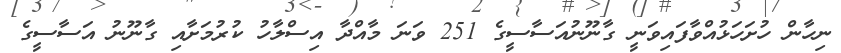
ނިހާން ހުށަހަޅުއްވާފައިވަނީ ގާނޫނުއަސާސީގެ 251 ވަނަ މާއްދާ އިސްލާހު ކުރުމަށާއި ގާނޫނު އަސާސީގެ